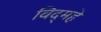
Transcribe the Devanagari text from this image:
विद्‌महे